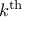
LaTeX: k ^ { \mathrm { { t h } } }